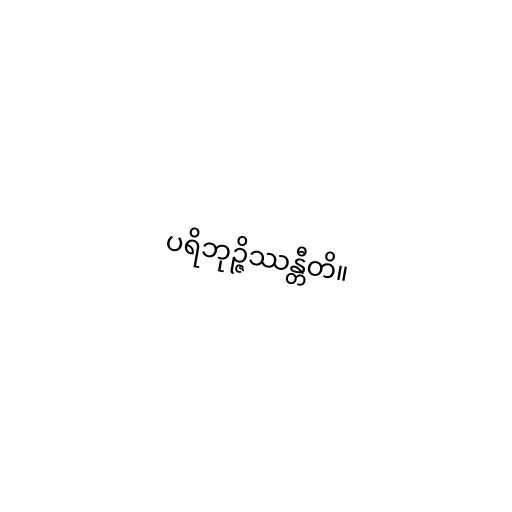
ပရိဘုဉ္ဇိဿန္တီတိ။